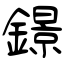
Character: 鐛